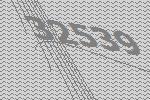
32539